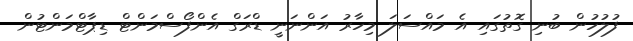
ފުލުހުން ބުނި ގޮތުގައި އެ މައްސަލަ މިހާރު އަންނަނީ ޑްރަގް އެންފޯސްމަންޓް ޑިޕާޓްމަންޓުން